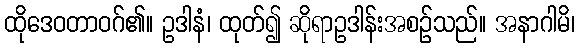
ထိုဒေဝတာဝဂ်၏။ ဥဒါနံ၊ ထုတ်၍ ဆိုရာဥဒါန်းအစဉ်သည်။ အနာဂါမိ၊